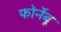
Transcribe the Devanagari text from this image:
फोर्नेबू